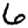
Digit: 6